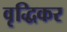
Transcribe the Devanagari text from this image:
वृद्धिकर